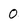
Character: 0